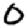
Digit: 0